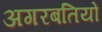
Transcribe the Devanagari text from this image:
अगरबतियों